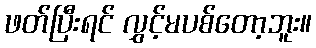
ဖတ်ပြီးရင် လွှင့်မပစ်တော့ဘူး။